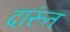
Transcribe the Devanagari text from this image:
दारूंत